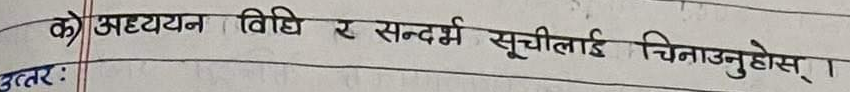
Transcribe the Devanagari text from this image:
के) अध्ययन विधि र सन्दर्भ सूचीलाई चिनाउनुहोस् ।